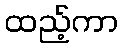
ထည့်ကာ